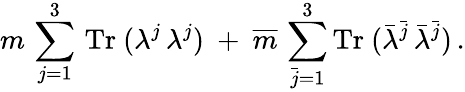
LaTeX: m\, \sum_{j=1}^{3}\, \mathrm{Tr}~(\lambda^{j}\, \lambda^{j})~+~\overline{{m}}\, \sum_{\bar{j}=1}^{3}\mathrm{Tr}~(\bar{\lambda}^{\bar{j}}\, \bar{\lambda}^{\bar{j}})\, .